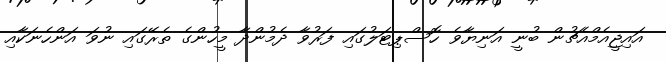
އައިޖީއެމްއެޗުން ބުނީ އަނިޔާވެ ހޮސްޕިޓަލުގައި ފަރުވާ ދެމުންދާ މީހުންގެ ތެރޭގައި ނުވަ އަންހެނަކާއި